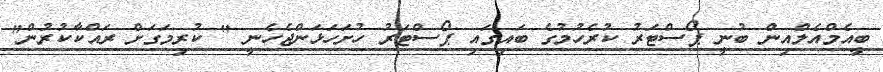
ބީއެމްއެލްއިން ބުނީ ޕޯސްޓަރު ކުރެހުމުގެ ބައިގައި ޕޯސްޓަރު ހުށަހަޅަންޖެހެނީ " ކުރިމަގަށް ރައްކާކުރުން"